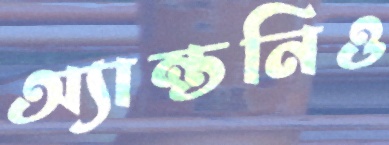
অ্যান্তনিও